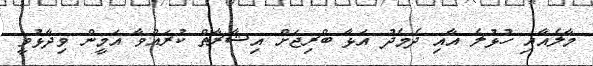
މާލެއާއި ހުޅުލެ އާއި ދެމެދު އަޅާ ބްރިޖަށް އިޝާރާތް ކުރައްވާ އަމީން ވިދާޅުވީ